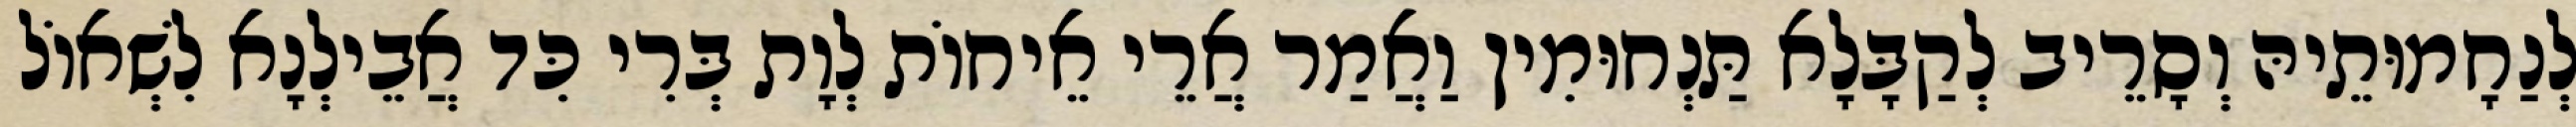
לְנַחָמוּתֵיהּ וְסָרֵיב לְקַבָּלָא תַּנְחוּמִין וַאֲמַר אֲרֵי אֵיחוֹת לְוָת בְּרִי כִּד אֲבֵילְנָא לִשְׁאוֹל